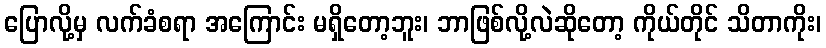
ပြောလို့မှ လက်ခံစရာ အကြောင်း မရှိတော့ဘူး၊ ဘာဖြစ်လို့လဲဆိုတော့ ကိုယ်တိုင် သိတာကိုး၊